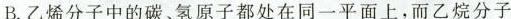
B. 乙烯分子中的碳、氢原子都处在同一平面上，而乙烷分子